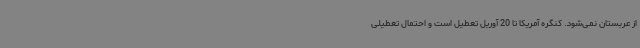
از عربستان نمی‌شود. کنگره آمریکا تا 20 آوریل تعطیل است و احتمال تعطیلی